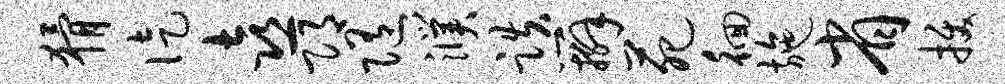
猾徒喜邛随濮跌辫苑徊施省拔